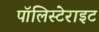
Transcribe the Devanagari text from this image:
पॉलिस्टेराइट